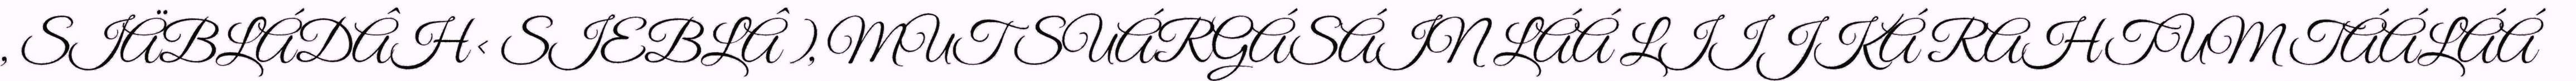
, SIÄBLÁDÂH < SIEBLÂ ), MUT SUÁRGÁSÁIN LÁÁ LIIJKÁ RAHTUM TÁÁLÁÁ